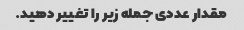
مقدار عددی جمله زیر را تغییر دهید.